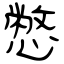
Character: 憋